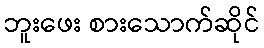
ဘူးဖေး စားသောက်ဆိုင်